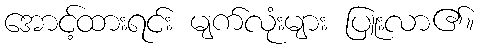
အောင့်ထားရင်း မျက်လုံးများ ပြူးလာ၏။